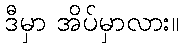
ဒီမှာ အိပ်မှာလား။